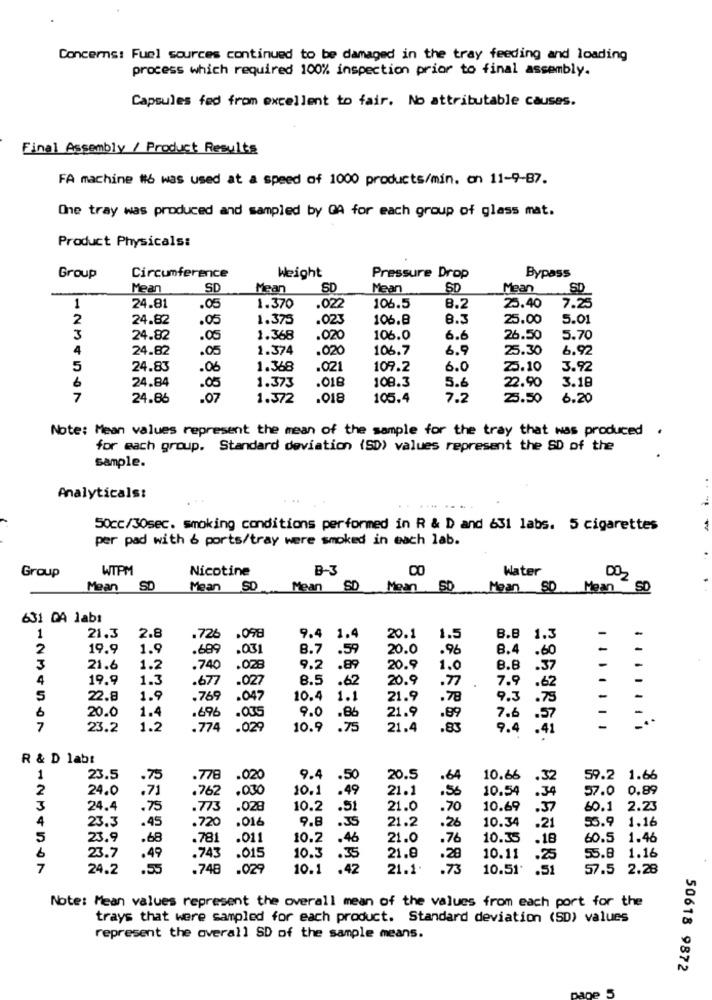
Concerns: Fuel sources continued to be damaged in the tray feeding and loading
process which required 100% inspection prior to final assembly.
Capsules fed from excellent to fair. No attributable causes.
Final Assembly / Product Results
FA machine #6 was used at a speed of 1000 products/min. on 11-9-87.
One tray was produced and sampled by GA for each group of glass mat.
Product Physicals:
Bypass
Group
Circumference
Weight
Pressure Drop
Mean
SD
Mean
SD
Mean
SD
Mean
SD
1
24.81
.05
1.370
.022
106.5
8.2
25.40
7.25
2
24.82
.05
1.375
.023
106.8
8.3
25.00
5.01
3
24.82
.05
1.368
.020
106.0
6.6
26.50
5.70
4
24.82
.05
1.374
.020
106.7
6.9
25.30
6.92
5
24.83
.06
1.368
.021
109.2
6.0
25.10
3.92
6
24.84
.05
1.373
.018
108.3
5.6
22.90
3.18
7
24.86
.07
1.372
.018
105.4
7.2
25.50
6.20
Note: Mean values represent the mean of the sample for the tray that was produced .
for each group. Standard deviation (SD) values represent the SD of the
sample.
Analyticals:
50cc/30sec. smoking conditions performed in R & D and 631 labs. 5 cigarettes
per pad with & ports/tray were smoked in each lab.
WTPM
Nicotine
B-3
Water
Group
DO2
Mean
SD
Mean SD
Mean SD Mean SD
Mean SD Mean SD
631 DA 1abs
1
21.3
2.8
.726
.098
9.4 1.4
20.1
1.5
B.B
1.3
2
19.9
1.9
.689
.031
8.7
.59
20.0
.96
8.4
.60
3
21.6
1.2
.740
.028
9.2
.89
20.9
1.0
8.8
.37
4
19.9
1.3
.677
.027
8.5
20.9
.77
7.9
.62
.62
5
22.8
1.9
.769
.047
10.4
1.1
21.9
. 78
9.3
.75
20.0
1.4
.696
9.0
21.9
.035
.86
.89
7.6
.57
7
23.2
1.2
.774
.029
10.9 .75
21.4
.83
9.4
........
R & D labt
1
23.5
.75
.778 .020
9.4 .50
20.5
.64
10.66 .32
59.2 1.66
2
24.0
.71
.762
.030
10.1
.49
21.1
10.54
57.0 0.89
.56
.34
3
24.4
.75
.773
.029
10.2
.51
21.0
.70
10.69
60.1 2.23
4
23.3
.45
.720
.016
9.8
.35
21.2
10.34
55.9 1.16
.26
.21
5
23.9
.68
.781
.011
10.2
.46
21.0
.76
10.35
.18
60.5 1.46
23.7
.49
.743
.015
10.3
.35
21.8
.28
10.11
.25
55.8 1.16
7
24.2
.55
.748
.029
10.1
.42
21.1.
.73
10.51
.51
57.5 2.28
Note: Mean values represent the overall mean of the values from each port for the
trays that were sampled for each product. Standard deviation (SD) values
represent the overall SD of the sample means.
50618 9872